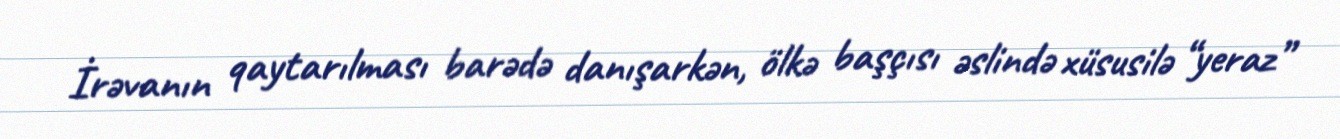
İrəvanın qaytarılması barədə danışarkən, ölkə başçısı əslində xüsusilə “yeraz”